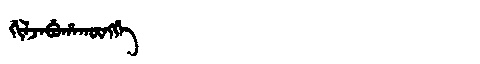
Manchu: ᡤᡳᠯᠵᠠᠪᡠᡥᠠᡴᡡᠩᡤᡝ
Romanization: GILJABUHAKŪNGGE